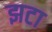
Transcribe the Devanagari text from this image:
झटा